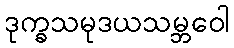
ဒုက္ခသမုဒယသမ္ဘဝေါ